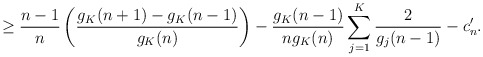
\begin{align*} \geq \frac{n-1}{n} \left( \frac{g_K(n+1) - g_K(n-1)}{g_K(n)} \right) - \frac{g_K(n-1)}{n g_K(n)} \sum_{j=1}^K \frac{2}{g_j(n-1)} - c_n'.\end{align*}